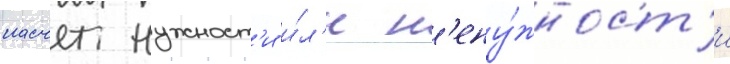
насчет нужност'и и́л'и н'ену́жност'и